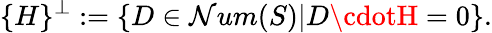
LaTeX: \{ H\} ^{\perp}:=\{ D\in\mathcal{N}um(S)|D\cdotH=0\} .